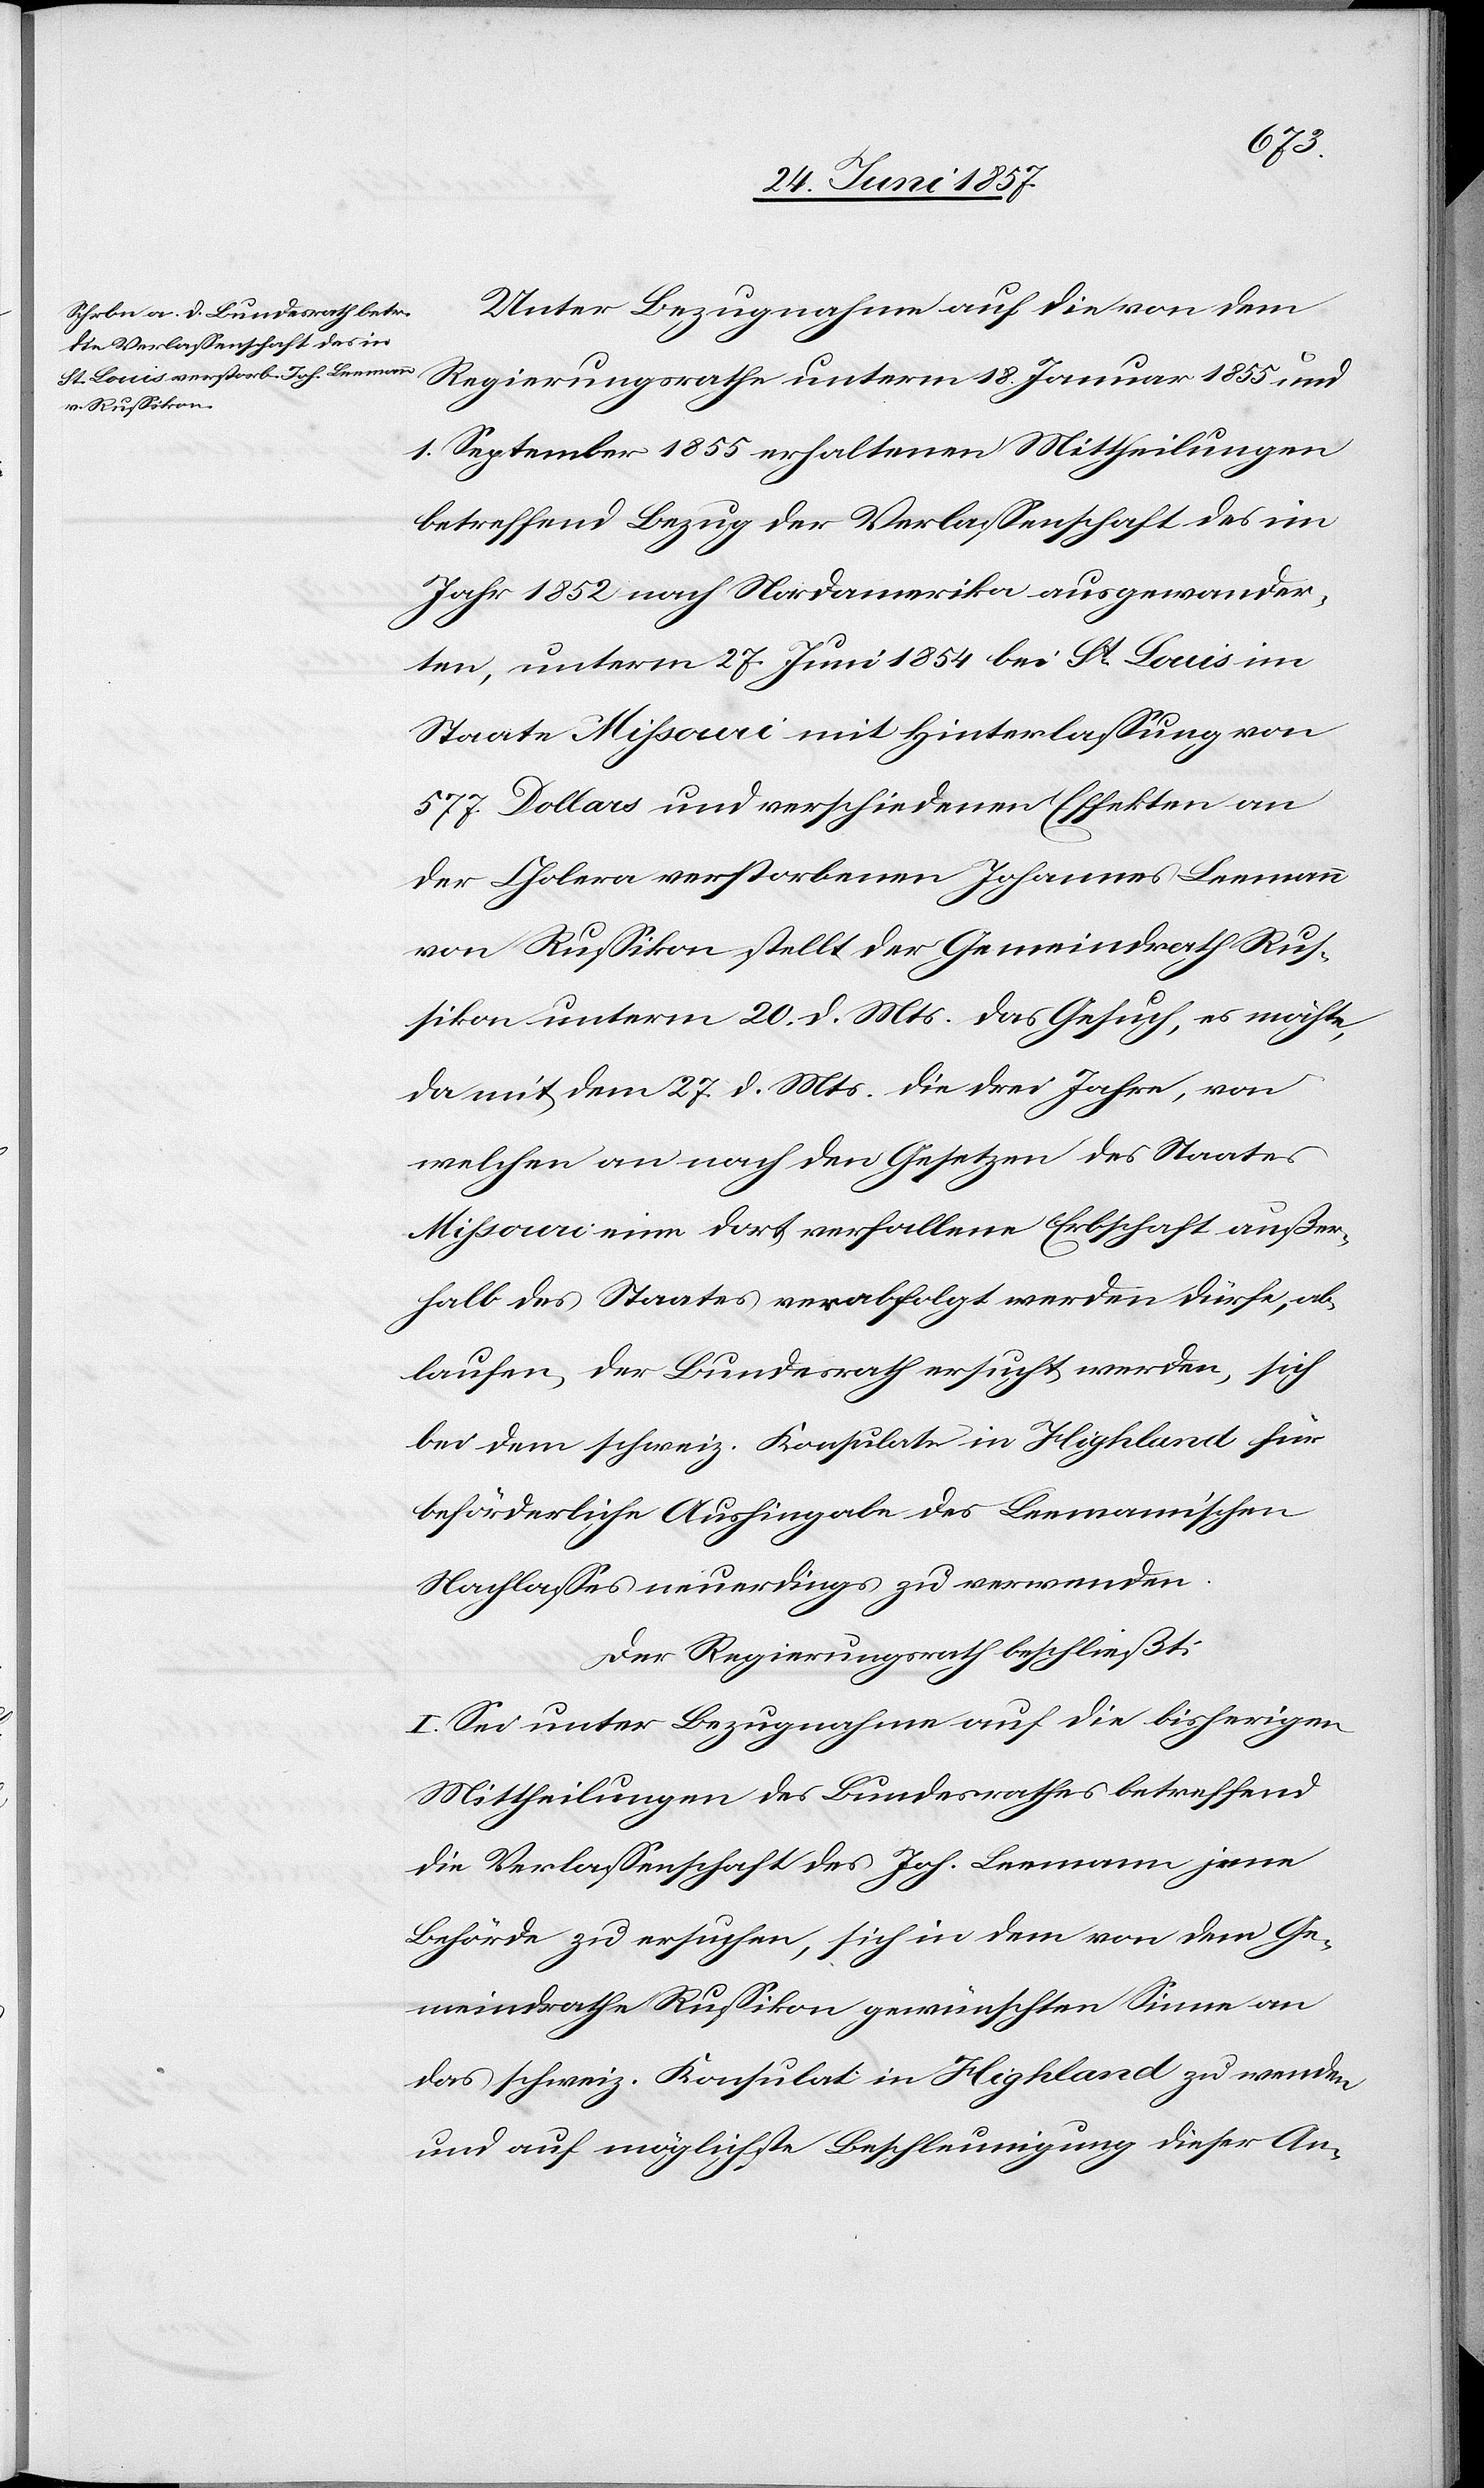
Unter Bezugnahme auf die von dem
Regierungsrathe unterm 18. Januar 1855 und
1. September 1855 erhaltenen Mittheilungen
betreffend Bezug der Verlassenschaft des im
Jahr 1852 nach Nordamerika ausgewander¬
ten, unterm 27. Juni 1854 bei St. Louis im
Staate Missouri mit Hinterlassung von
577. Dollars und verschiedenen Effekten an
der Cholera verstorbenen Johannes Leemann
von Russikon stellt der Gemeindrath Rus¬
sikon unterm 20 d. Mts. das Gesuch, es möchte,
da mit dem 27 d. Mts. die drei Jahre, von
welchen an nach den Gesetzen des Staates
Missouri eine dort verfallene Erbschaft außer¬
halb des Staates verabfolgt werden dürfe, ab¬
laufen, der Bundesrath ersucht werden, sich
bei dem schweiz. Konsulate in Highland für
beförderliche Aushingabe des Leemann’schen
Nachlasses neuerdings zu verwenden.
Der Regierungsrath beschließt:
I. Sei unter Bezugnahme auf die bisherigen
Mittheilungen des Bundesrathes betreffend
die Verlassenschaft des Joh. Leemann jene
Behörde zu ersuchen, sich in dem von dem Ge¬
meindrathe Russikon gewünschten Sinne an
das schweiz. Konsulat in Highland zu wenden
und auf möglichste Beschleunigung dieser An-